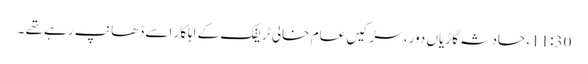
11:30، حادثہ گاڑیاں دور، سڑکیں عام خالی ٹریفک کے اہلکار اسے ڈھانپ رہے تھے ۔